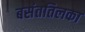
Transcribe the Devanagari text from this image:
बसंततिलका